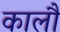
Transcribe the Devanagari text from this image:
कालौं